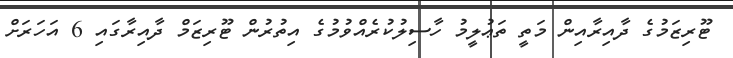
ޓޫރިޒަމުގެ ދާއިރާއިން މަތީ ތަޢުލީމު ހާސިލުކުރެއްވުމުގެ އިތުރުން ޓޫރިޒަމް ދާއިރާގައި 6 އަހަރަށް